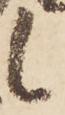
候